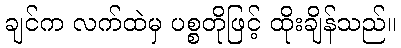
ချင်က လက်ထဲမှ ပစ္စတိုဖြင့် ထိုးချိန်သည်။